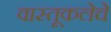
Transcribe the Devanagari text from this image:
वास्तूकलेचे